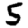
Digit: 5